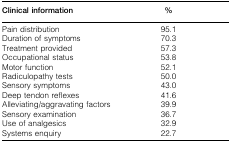
<table><thead><tr><td><b>Clinical information</b></td><td><b>%</b></td></tr></thead><tbody><tr><td>Pain distribution</td><td>95·1</td></tr><tr><td>Duration of symptoms</td><td>70·3</td></tr><tr><td>Treatment provided</td><td>57·3</td></tr><tr><td>Occupational status</td><td>53·8</td></tr><tr><td>Motor function</td><td>52·1</td></tr><tr><td>Radiculopathy tests</td><td>50·0</td></tr><tr><td>Sensory symptoms</td><td>43·0</td></tr><tr><td>Deep tendon reflexes</td><td>41·6</td></tr><tr><td>Alleviating/aggravating factors</td><td>39·9</td></tr><tr><td>Sensory examination</td><td>36·7</td></tr><tr><td>Use of analgesics</td><td>32·9</td></tr><tr><td>Systems enquiry</td><td>22·7</td></tr></tbody></table>